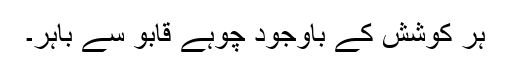
ہر کوشش کے باوجود چوہے قابو سے باہر۔